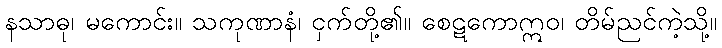
နသာဓု၊ မကောင်း။ သကုဏာနံ၊ ငှက်တို့၏။ စေဋကောဣဝ၊ တိမ်ညင်ကဲ့သို့။